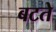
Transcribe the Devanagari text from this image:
बटते